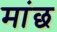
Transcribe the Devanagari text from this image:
मांछ